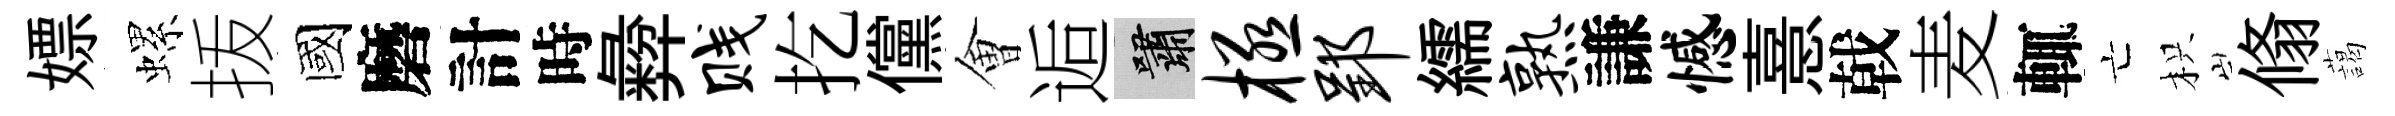
嫖螺㧞國磨計時彜贱扢儻㑹逅嘯极郢繻熟謙憾憙戟麦輒亡枳翛藹